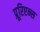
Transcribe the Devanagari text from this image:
प्रूरिएन्स